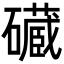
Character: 𮁔